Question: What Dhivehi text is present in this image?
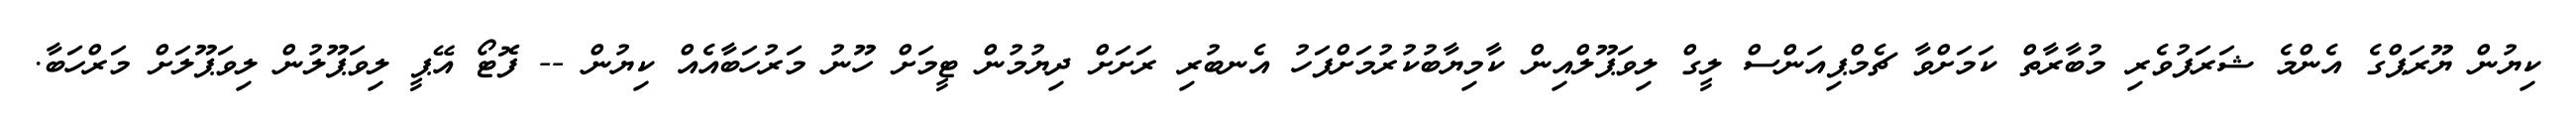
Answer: ކިޔުން ޔޫރަޕްގެ އެންމެ ޝަރަފުވެރި މުބާރާތް ކަމަށްވާ ޗެމްޕިއަންސް ލީގް ލިވަޕޫލްއިން ކާމިޔާބުކުރުމަށްފަހު އެނބުރި ރަށަށް ދިޔުމުން ޓީމަށް ހޫނު މަރުހަބާއެއް ކިޔުން -- ފޮޓޯ އޭޕީ ލިވަޕޫލުން ލިވަޕޫލަށް މަރްހަބާ.